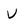
Character: V